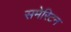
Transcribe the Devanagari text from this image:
समेरिटन